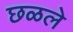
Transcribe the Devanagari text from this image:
छळले